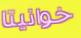
خوانيتا